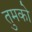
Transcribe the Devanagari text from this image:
तुमकोे